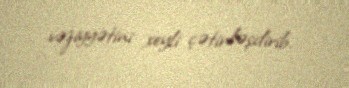
vəziyyətini xeyli çətinləşdirib.